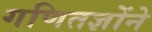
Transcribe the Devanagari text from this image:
गणितज्ञोंने